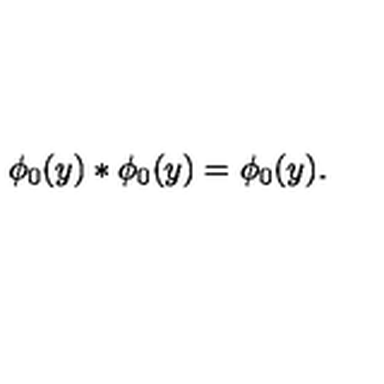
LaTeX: \phi _ { 0 } ( y ) * \phi _ { 0 } ( y ) = \phi _ { 0 } ( y ) .